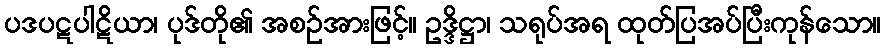
ပဒပဋပါဋိယာ၊ ပုဒ်တို၏ အစဉ်အားဖြင့်။ ဥဒ္ဒိဋ္ဌာ၊ သရုပ်အရ ထုတ်ပြအပ်ပြီးကုန်သော။